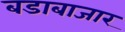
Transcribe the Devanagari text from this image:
बडाबाजार